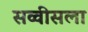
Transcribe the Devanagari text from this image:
सव्वीसला